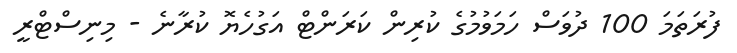
ފުރަތަމަ 100 ދުވަސް ހަމަވުމުގެ ކުރިން ކަރަންޓް އަގުހެޔޮ ކުރާނެ - މިނިސްޓްރީ